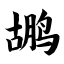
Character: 鹕